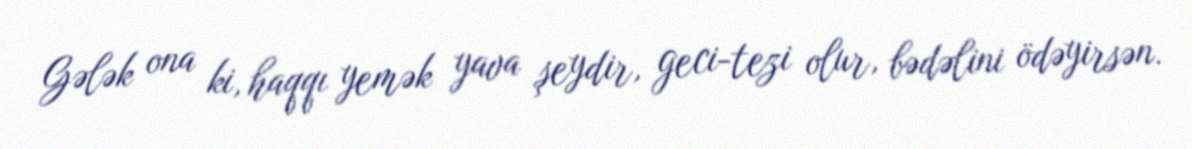
Gələk ona ki, haqqı yemək yava şeydir, geci-tezi olur, bədəlini ödəyirsən.